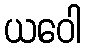
ယဝေါ